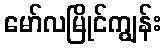
မော်လမြိုင်ကျွန်း